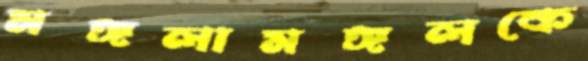
মঙ্গলামঙ্গলকে